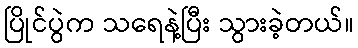
ပြိုင်ပွဲက သရေနဲ့ပြီး သွားခဲ့တယ်။